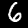
Digit: 6